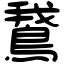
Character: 鵞